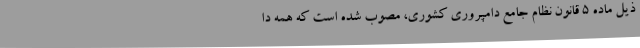
ذیل ماده 5 قانون نظام جامع دامپروری کشوری، مصوب شده است که همه دا